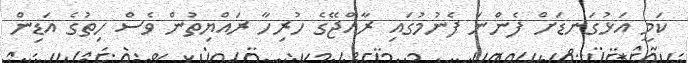
ކަމީ އަޅުގަނޑަށް ފެންނަ ފެނުމުގައި ރާއްޖޭގެ ހުރިހާ ރައްޔިތުން ވެސް ހިތުގެ އަޑިން